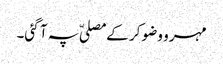
مہرو وضو کر کے مصلیّ پہ آ گئی۔